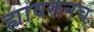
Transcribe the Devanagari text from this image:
ह्यावरूनच